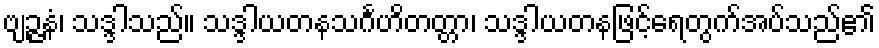
ဗျဉ္ဇနံ၊ သဒ္ဒါသည်။ သဒ္ဒါယတနသင်္ဂဟိတတ္တာ၊ သဒ္ဒါယတနဖြင့်ရေတွက်အပ်သည်၏